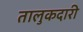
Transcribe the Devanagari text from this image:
तालुकदारी